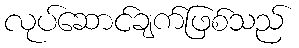
လုပ်ဆောင်ချက်ဖြစ်သည်